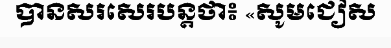
បានសរសេរបន្តថា៖ «សូមជៀស